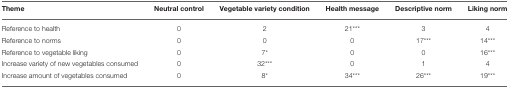
<table><thead><tr><td><b>Theme</b></td><td><b>Neutral control</b></td><td><b>Vegetable variety condition</b></td><td><b>Health message</b></td><td><b>Descriptive norm</b></td><td><b>Liking norm</b></td></tr></thead><tbody><tr><td>Reference to health</td><td>0</td><td>2</td><td>21<sup>***</sup></td><td>3</td><td>4</td></tr><tr><td>Reference to norms</td><td>0</td><td>0</td><td>0</td><td>17<sup>***</sup></td><td>14<sup>***</sup></td></tr><tr><td>Reference to vegetable liking</td><td>0</td><td>7<sup>*</sup></td><td>0</td><td>0</td><td>16<sup>***</sup></td></tr><tr><td>Increase variety of new vegetables consumed</td><td>0</td><td>32<sup>***</sup></td><td>0</td><td>1</td><td>4</td></tr><tr><td>Increase amount of vegetables consumed</td><td>0</td><td>8<sup>*</sup></td><td>34<sup>***</sup></td><td>26<sup>***</sup></td><td>19<sup>***</sup></td></tr></tbody></table>